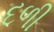
દળી